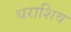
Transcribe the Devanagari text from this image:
धराशिव